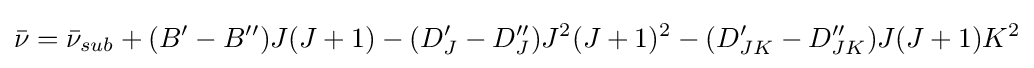
{\bar {\nu }}={\bar {\nu }}_{sub}+(B^{\prime }-B^{\prime \prime })J(J+1)-(D_{J}^{\prime }-D_{J}^{\prime \prime })J^{2}(J+1)^{2}-(D_{JK}^{\prime }-D_{JK}^{\prime \prime })J(J+1)K^{2}